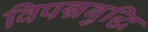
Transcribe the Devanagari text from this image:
विपन्नबुद्धि